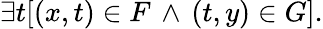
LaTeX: \exists t[(x,t)\in F\, \land\, (t,y)\in G].